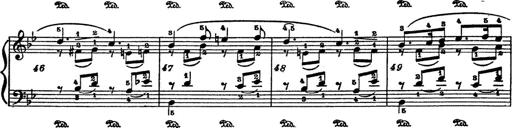
Title: 6 Polish Songs
Composer: Franz Liszt